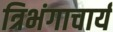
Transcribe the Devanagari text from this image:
त्रिभंगाचार्य